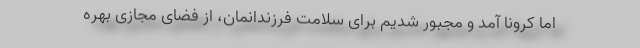
اما کرونا آمد و مجبور شدیم برای سلامت فرزندانمان، از فضای مجازی بهره